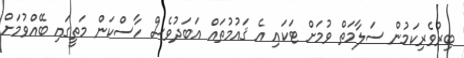
ބިރުވެރިކަމުން ސަލާމަތް ވުމަށް ޓަކައި އެ ޤައުމުތައް އަބަދުވެސް ހާސްކަން މަތީގައި ބޭއްވުމަށް